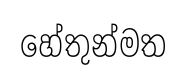
හේතුන්මත